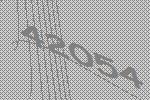
42054